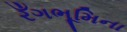
રઁગભૂમિના